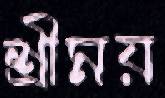
শ্রীময়